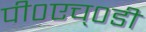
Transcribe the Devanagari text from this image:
पी०एच्०डी